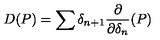
D ( P ) = \sum \delta _ { n + 1 } { \frac { \partial } { \partial \delta _ { n } } } ( P )